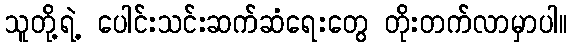
သူတို့ရဲ့ ပေါင်းသင်းဆက်ဆံရေးတွေ တိုးတက်လာမှာပါ။